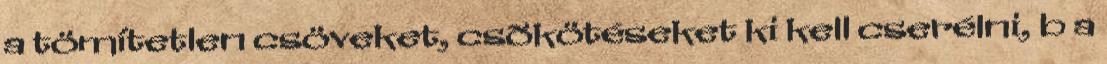
a tömítetlen csöveket, csõkötéseket ki kell cserélni, b a